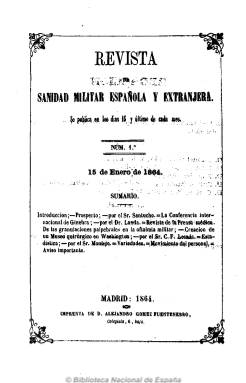
Título: Revista de sanidad militar española y extranjera
Colección: Medicina militar
Ámbito geográfico: Madrid
Lugar de publicación: Madrid
Fechas: 15/01/1864-25/12/1865

Publicación especializada dedicada a la sanidad militar, con artículos sobre medicina, cirugía, farmacia y de tipo doctrinal, así como informaciones sobre sociedades científicas, congresos, estadísticas, bibliografía y con secciones, como una revista de diarios y otra de legislación y del movimiento de personal del cuerpo facultativo del servicio sanitario del ejército, creado en 1836.

Su editor responsables fue Juan Álvarez Álvarez; su director, José María Santucho y Marengo (1807-1883), y sus redactores, Manuel Hernando, Juan Marqués, Francisco Anguis, Rufino Pascual y Torrejón y Cesáreo Fernández de Losada (1837-), y actuaba como secretario Bonifacio Montejo y Robledo, todos ellos facultativos. Contaba con colaboradores en la península, en la América española y en otros países.

Con ilustraciones, de 24 páginas cada número y de periodicidad quincenal, se publicaba los días 15 y último de cada mes (después el 25 de cada mes). Forma una colección de dos tomos e incluye un índice en el último número del año. Es continuada por la Revista de sanidad militar y general de ciencias médicas (1866).